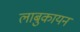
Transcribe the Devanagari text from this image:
लाबुकायन